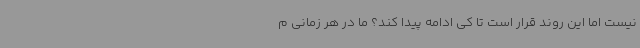
نیست اما این روند قرار است تا کی ادامه پیدا کند؟ ما در هر زمانی م